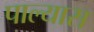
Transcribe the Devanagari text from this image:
पाल्यास